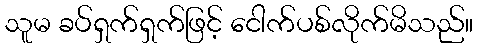
သူမ ခပ်ရှက်ရှက်ဖြင့် ငေါက်ပစ်လိုက်မိသည်။